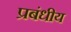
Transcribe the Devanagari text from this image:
प्रबंधीय